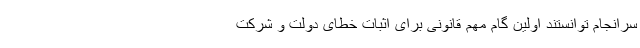
سرانجام توانستند اولین گام مهم قانونی برای اثبات خطای دولت و شرکت